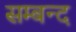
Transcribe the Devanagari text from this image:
सम्बन्द